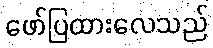
ဖော်ပြထားလေသည်